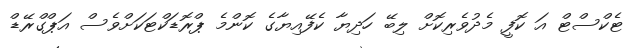
ޓެކްސްޓް އަ ކޮފީ މެދުވެރިކޮށް ލިބޭ ހަދިޔާ ކެފޭއިޔާގެ ކޮންމެ ޕްރޮޑަކްޓަކަށްވެސް އަޕްގްރޭޑް